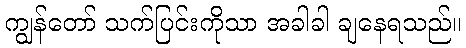
ကျွန်တော် သက်ပြင်းကိုသာ အခါခါ ချနေရသည်။